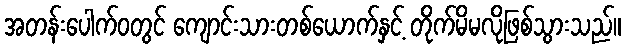
အတန်းပေါက်ဝတွင် ကျောင်းသားတစ်ယောက်နှင့် တိုက်မိမလိုဖြစ်သွားသည်။